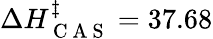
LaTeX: \Delta H_{\mathrm{~C~A~S~}}^{\ddagger}=37.68